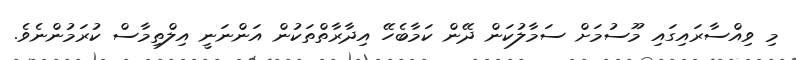
މި ވިއްސާރައިގައި މޫސުމަށް ސަމާލުކަން ދޭން ކަމާބެހޭ އިދާރާތްތަކުން އަންނަނީ އިލްތިމާސް ކުރަމުންނެވެ.